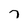
Character: 7